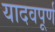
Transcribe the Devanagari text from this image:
यादवपूर्ण